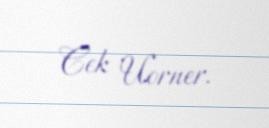
Cek Uorner.